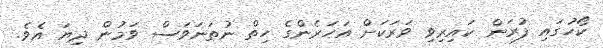
ކޯހުގައި ފުރަން ކައިރިވި ވަރަކަށް އަހަރެންގެ ހިތް ނުތަނަވަސް ވަމުން ދިޔަ އެވެ.